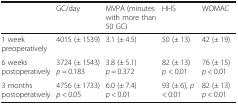
|  | GC/day | MVPA (minutes with more than 50 GC) | HHS | WOMAC |
 | --- | --- | --- | --- | --- |
 | 1 week preoperatively | 4015 (± 1539) | 3.1 (± 4.5) | 50 (± 13) | 42 (± 19) |
 | 6 weeks postoperatively | 3724 (± 1543)p = 0.183 | 3.8 (± 5.1)p = 0.372 | 82 (± 13) p < 0.01 | 76 (± 15) p < 0.01 |
 | 3 months postoperatively | 4756 (± 1733)p < 0.05 | 6.0 (± 7.4)p < 0.01 | 93 (± 6), p < 0.01 | 82 (± 13) p < 0.01 |